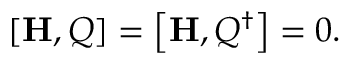
\left[ { \bf H } , Q \right] = \left[ { \bf H } , Q ^ { \dagger } \right] = 0 .